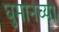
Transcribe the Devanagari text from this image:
घुमानच्या